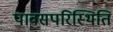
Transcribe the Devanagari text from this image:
पावसपरिस्थिति